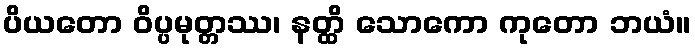
ပိယတော ဝိပ္ပမုတ္တဿ၊ နတ္ထိ သောကော ကုတော ဘယံ။